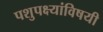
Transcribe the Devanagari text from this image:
पशुपक्ष्यांविषयी